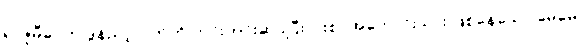
ရာဇူမီခင်က ဒွန်ညာ့လက်ကို တင်းတင်းဆုပ်ပြီး ပါးစပ်အဟောင်းသား ဖြစ်နေသော မေမေ